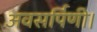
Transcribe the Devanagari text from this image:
अवसर्पिणी।